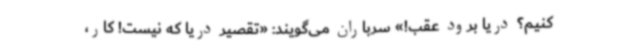
کنیم؟ دریا برود عقب!» سرباران می‌گویند: «تقصیر دریا که نیست! کار،